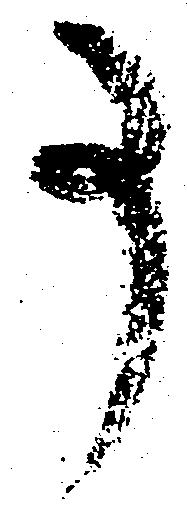
事